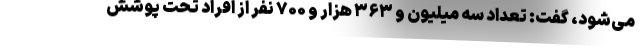
می‌شود، گفت: تعداد سه میلیون و ۳۶۳ هزار و ۷۰۰ نفر از افراد تحت پوشش